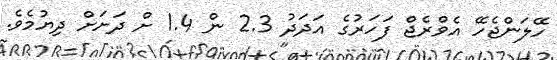
ހޭލަންޖެހޭ އެވްރެޖް ފަހަރުގެ އަދަދު 2.3 ން 1.4 ށް ދަށަށް ދިޔުމެވެ.